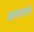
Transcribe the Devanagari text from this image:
अनाजो